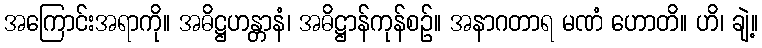
အကြောင်းအရာကို။ အဓိဋ္ဌဟန္တာနံ၊ အဓိဋ္ဌာန်ကုန်စဉ်။ အနာဂတာရ မဏံ ဟောတိ။ ဟိ၊ ချဲ့။